Lunatic asylums in Bengal annual reports 1899-1911 - 1899-1911
Year: 1899
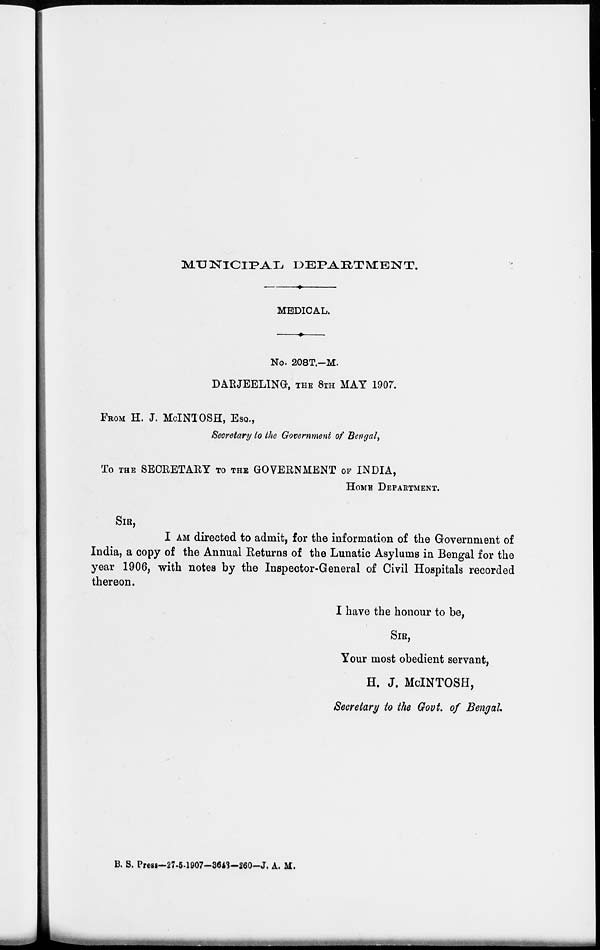
MUNICIPAL
DEPARTMENT.
MEDICAL.
No. 208T.—M.
DARJEELING, THE 8TH MAY 1907.
FROM H. J. MCINTOSH, ESQ.,
Secretary to the Government of Bengal,
To THE SECRETARY TO THE GOVERNMENT OF INDIA,
HOME DEPARTMENT.
SIR,
I AM directed to admit, for the information of the Government of
India, a copy of the Annual Returns of the Lunatic Asylums in Bengal for the
year 1906, with notes by the Inspector-General of Civil Hospitals recorded
thereon.
I have the honour to be,
SIR,
Your most obedient servant,
H. J. MCINTOSH,
Secretary to the Govt. of Bengal.
B. S. Press—27-5-1907—3643—260-J. A. M.